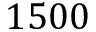
1 5 0 0